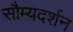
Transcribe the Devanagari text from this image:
सौम्यदर्शन